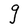
Character: g